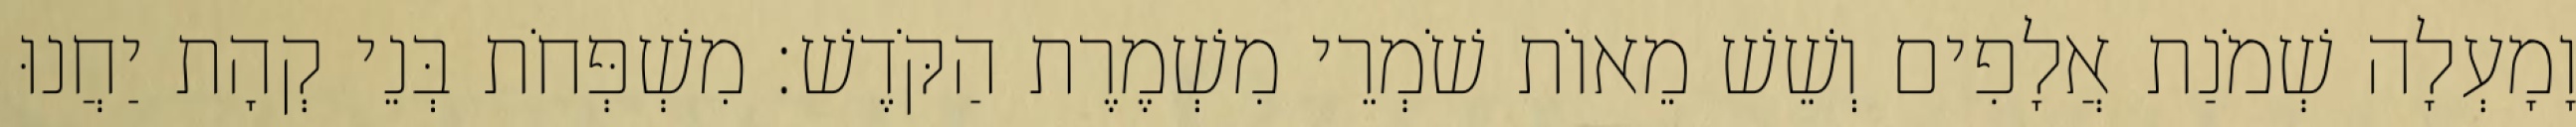
וָמָעְלָה שְׁמֹנַת אֲלָפִים וְשֵׁשׁ מֵאוֹת שֹׁמְרֵי מִשְׁמֶרֶת הַקֹּדֶשׁ׃ מִשְׁפְּחֹת בְּנֵי קְהָת יַחֲנוּ